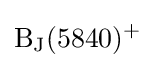
{\rm {B_{J}(5840)^{+}}}